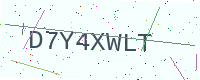
Text: D7Y4XWLT